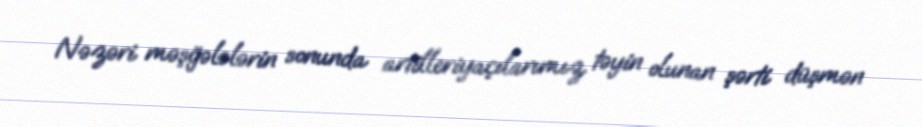
Nəzəri məşğələlərin sonunda artilleriyaçılarımız təyin olunan şərti düşmən